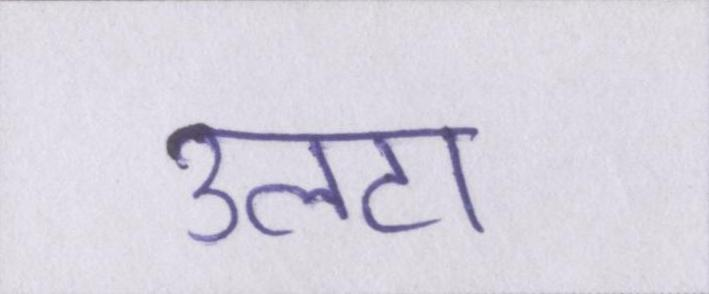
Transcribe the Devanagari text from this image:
उलटा